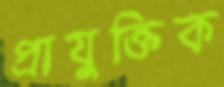
প্রাযুক্তিক